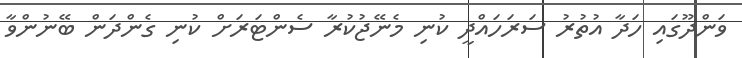
ވަންދޫގައި ހަދާ އުތުރު ސަރަހައްދީ ކުނި މެނޭޖުކުރާ ސެންޓަރަށް ކުނި ގެންދަން ބޭނުންވާ